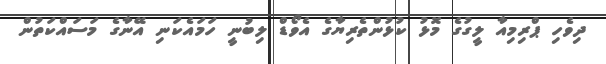
ދިވެހި ޕްރިމިއާ ލީގުގެ މޮޅު ކުޅުންތެރިޔާގެ އެވޯޑް ލިބުނީ ހަމައެކަނި އޭނާގެ މަސައްކަތުން